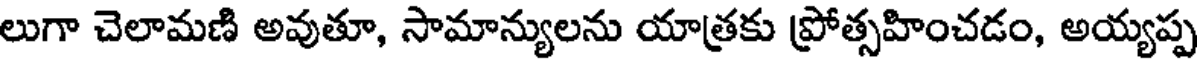
లుగా చెలామణి అవుతూ, సామాన్యులను యాత్రకు ప్రోత్సహించడం, అయ్యప్ప